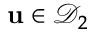
{ \mathbf { u } } \in \mathcal { D } _ { 2 }